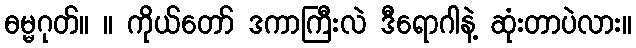
ဓမ္မဂုတ်။ ။ ကိုယ်တော် ဒကာကြီးလဲ ဒီရောဂါနဲ့ ဆုံးတာပဲလား။